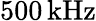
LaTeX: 500\, \mathrm{kHz}